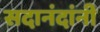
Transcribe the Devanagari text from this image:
सदानंदांनी